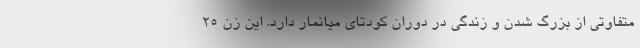
متفاوتی از بزرگ شدن و زندگی در دوران کودتای میانمار دارد. این زن 25